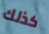
كذلك